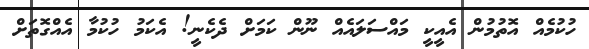
ހުކުމެއް އޮތުމުން އެއީީކީ މައްސަލައެއް ނޫން ކަމަށް ދެކެނީ! އެކަމު ހުކުމާ އެއްގޮތަށް